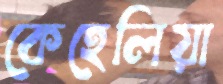
কেহেলিয়া